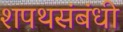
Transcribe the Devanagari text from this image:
शपथसंबंधी